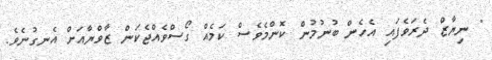
" ނިޔާޒް ދެރަވެފައި އެހެން ބުނުމުން ކޮންމެވެސް ކަމެއް ގޯސްވެއްޖެކަން ޒާވްޔާއަށް އެނގުނެވެ.